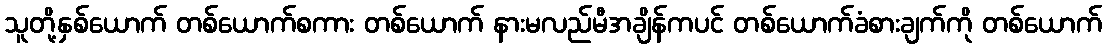
သူတို့နှစ်ယောက် တစ်ယောက်စကား တစ်ယောက် နားမလည်မီအချိန်ကပင် တစ်ယောက်ခံစားချက်ကို တစ်ယောက်